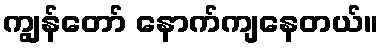
ကျွန်တော် နောက်ကျနေတယ်။